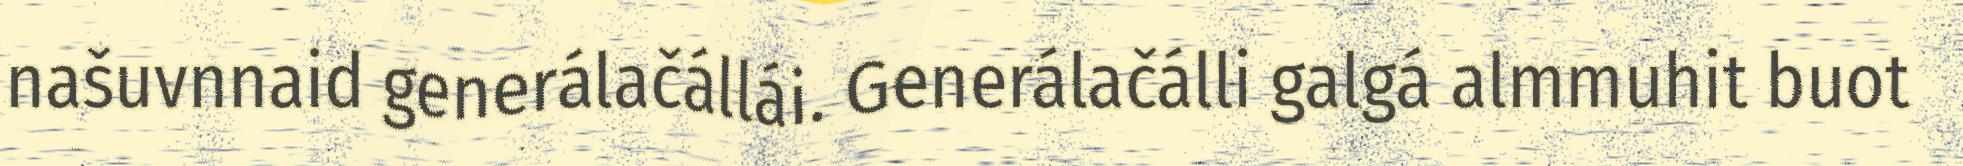
našuvnnaid generálačállái. Generálačálli galgá almmuhit buot